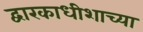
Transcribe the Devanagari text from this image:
द्वारकाधीशाच्या